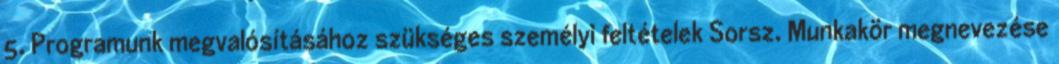
5. Programunk megvalósításához szükséges személyi feltételek Sorsz. Munkakör megnevezése